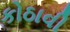
કોઠાવી